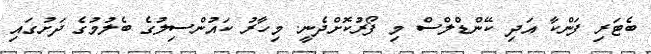
ބެޓަރި ފަންކާ އަދި ކޭންޑްލްސް މި ފޯރުކޮށްދެނީ. މިހާރު ކައުންސިލުގެ ބެލުމުގެ ދަށުގައި